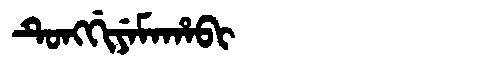
Manchu: ᡨᡠᠩᡤᡳᠶᡝᠮᠠᡥᠠᠪᡳ
Romanization: TUNGGIYEMAHABI